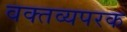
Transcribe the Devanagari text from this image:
वक्तव्यपरक